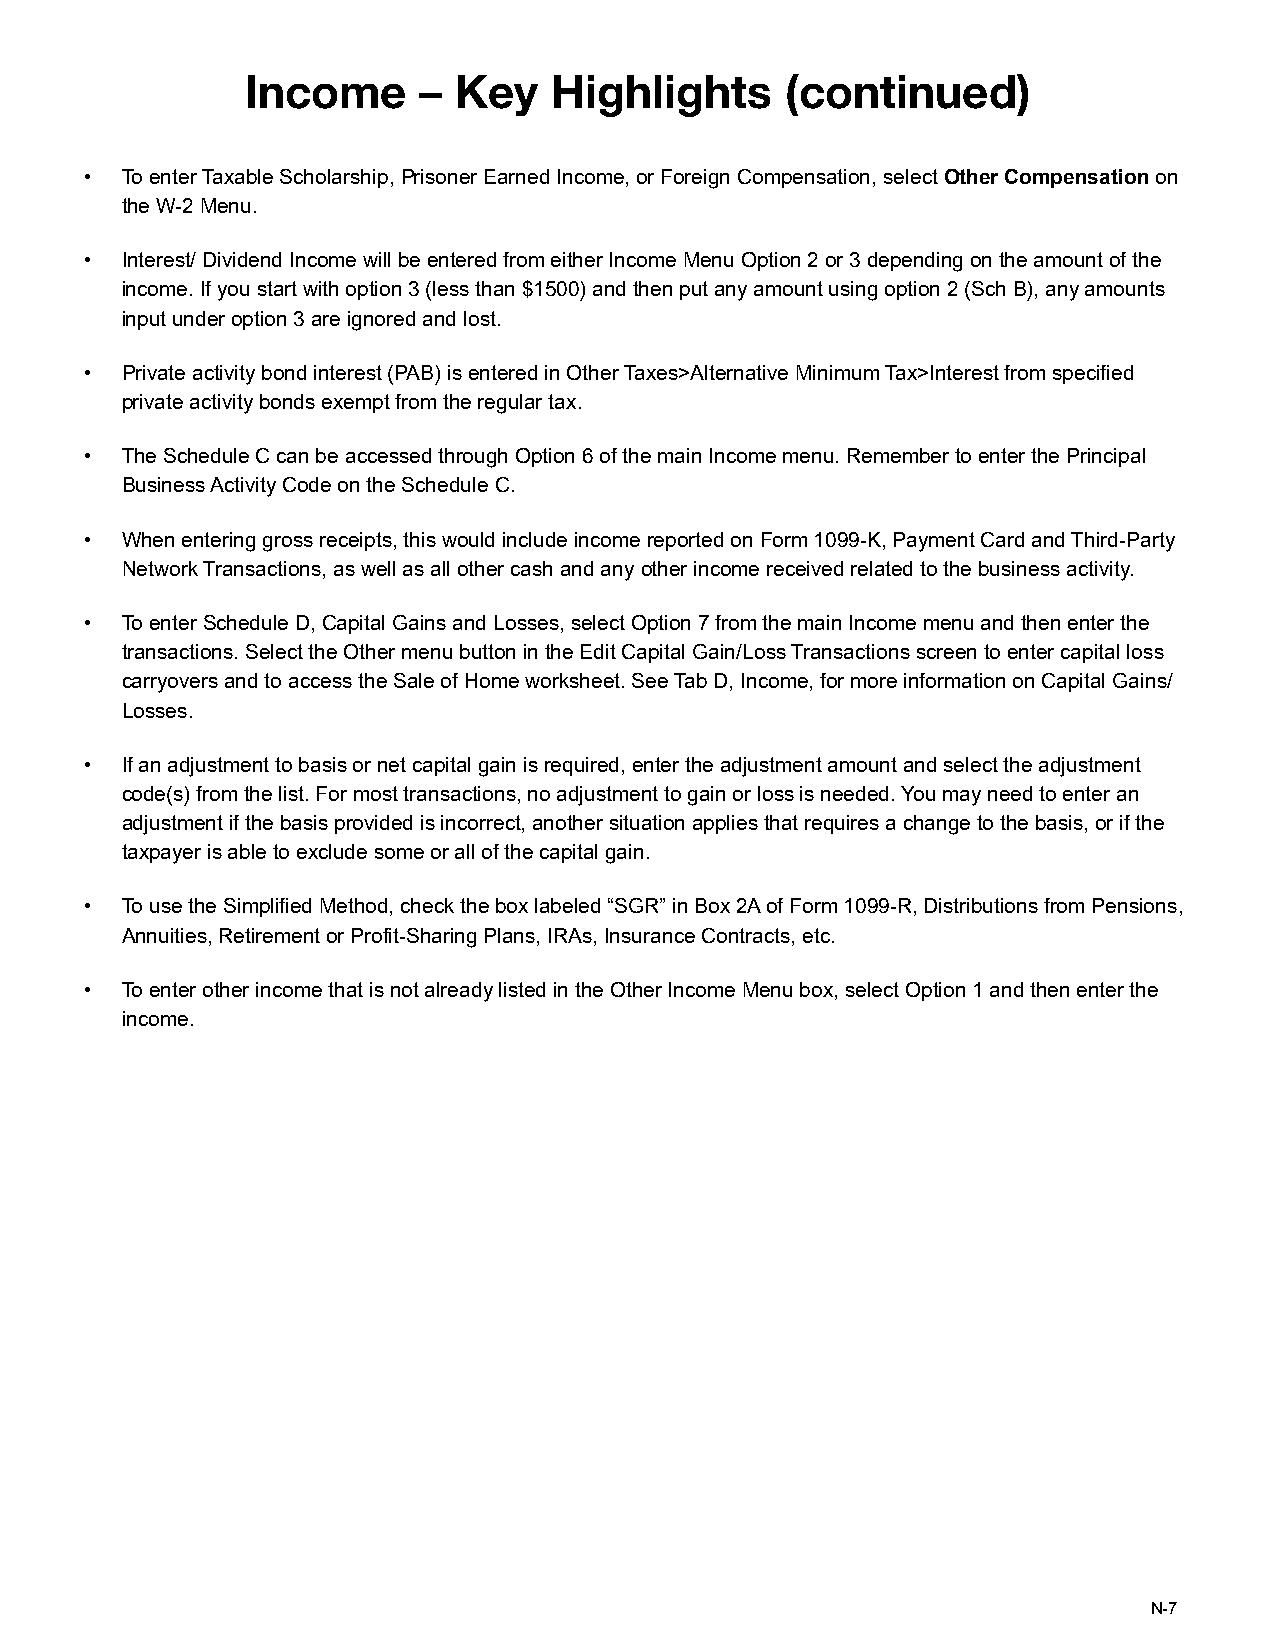
Income      – Key    Highlights     (continued)
 • To enter Taxable Scholarship, Prisoner Earned Income, or Foreign Compensation, select Other Compensation on
 the W-2 Menu.
 • Interest/ Dividend Income will be entered from either Income Menu Option 2 or 3 depending on the amount of the
 income. If you start with option 3 (less than $1500) and then put any amount using option 2 (Sch B), any amounts
 input under option 3 are ignored and lost.
 • Private activity bond interest (PAB) is entered in Other Taxes>Alternative Minimum Tax>Interest from specified
 private activity bonds exempt from the regular tax.
 • The Schedule C can be accessed through Option 6 of the main Income menu. Remember to enter the Principal
 Business Activity Code on the Schedule C.
 • When entering gross receipts, this would include income reported on Form 1099-K, Payment Card and Third-Party
 Network Transactions, as well as all other cash and any other income received related to the business activity.
 • To enter Schedule D, Capital Gains and Losses, select Option 7 from the main Income menu and then enter the
 transactions. Select the Other menu button in the Edit Capital Gain/Loss Transactions screen to enter capital loss
 carryovers and to access the Sale of Home worksheet. See Tab D, Income, for more information on Capital Gains/
 Losses.
 • If an adjustment to basis or net capital gain is required, enter the adjustment amount and select the adjustment
 code(s) from the list. For most transactions, no adjustment to gain or loss is needed. You may need to enter an
 adjustment if the basis provided is incorrect, another situation applies that requires a change to the basis, or if the
 taxpayer is able to exclude some or all of the capital gain.
 • To use the Simplified Method, check the box labeled “SGR” in Box 2A of Form 1099-R, Distributions from Pensions,
 Annuities, Retirement or Profit-Sharing Plans, IRAs, Insurance Contracts, etc.
 • To enter other income that is not already listed in the Other Income Menu box, select Option 1 and then enter the
 income.
 N-7